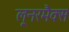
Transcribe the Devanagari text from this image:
लूनरमैक्स